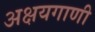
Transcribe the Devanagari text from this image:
अक्षयगाणी